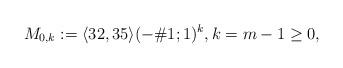
LaTeX: \begin{align*}M_{0,k}:=\langle 32,35\rangle(-\#1;1)^k,k=m-1\ge 0,\end{align*}